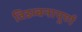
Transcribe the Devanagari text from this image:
विडम्बनापूर्ण